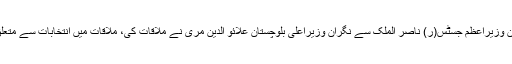
بدھ 13 جون 2018 ء) نگران وزیراعظم جسٹس(ر) ناصر الملک سے نگران وزیراعلیٰ بلوچستان علائو الدین مری نے ملاقات کی، ملاقات میں انتخابات سے متعلق امور پر تبادلہ خیال کیا گیا۔